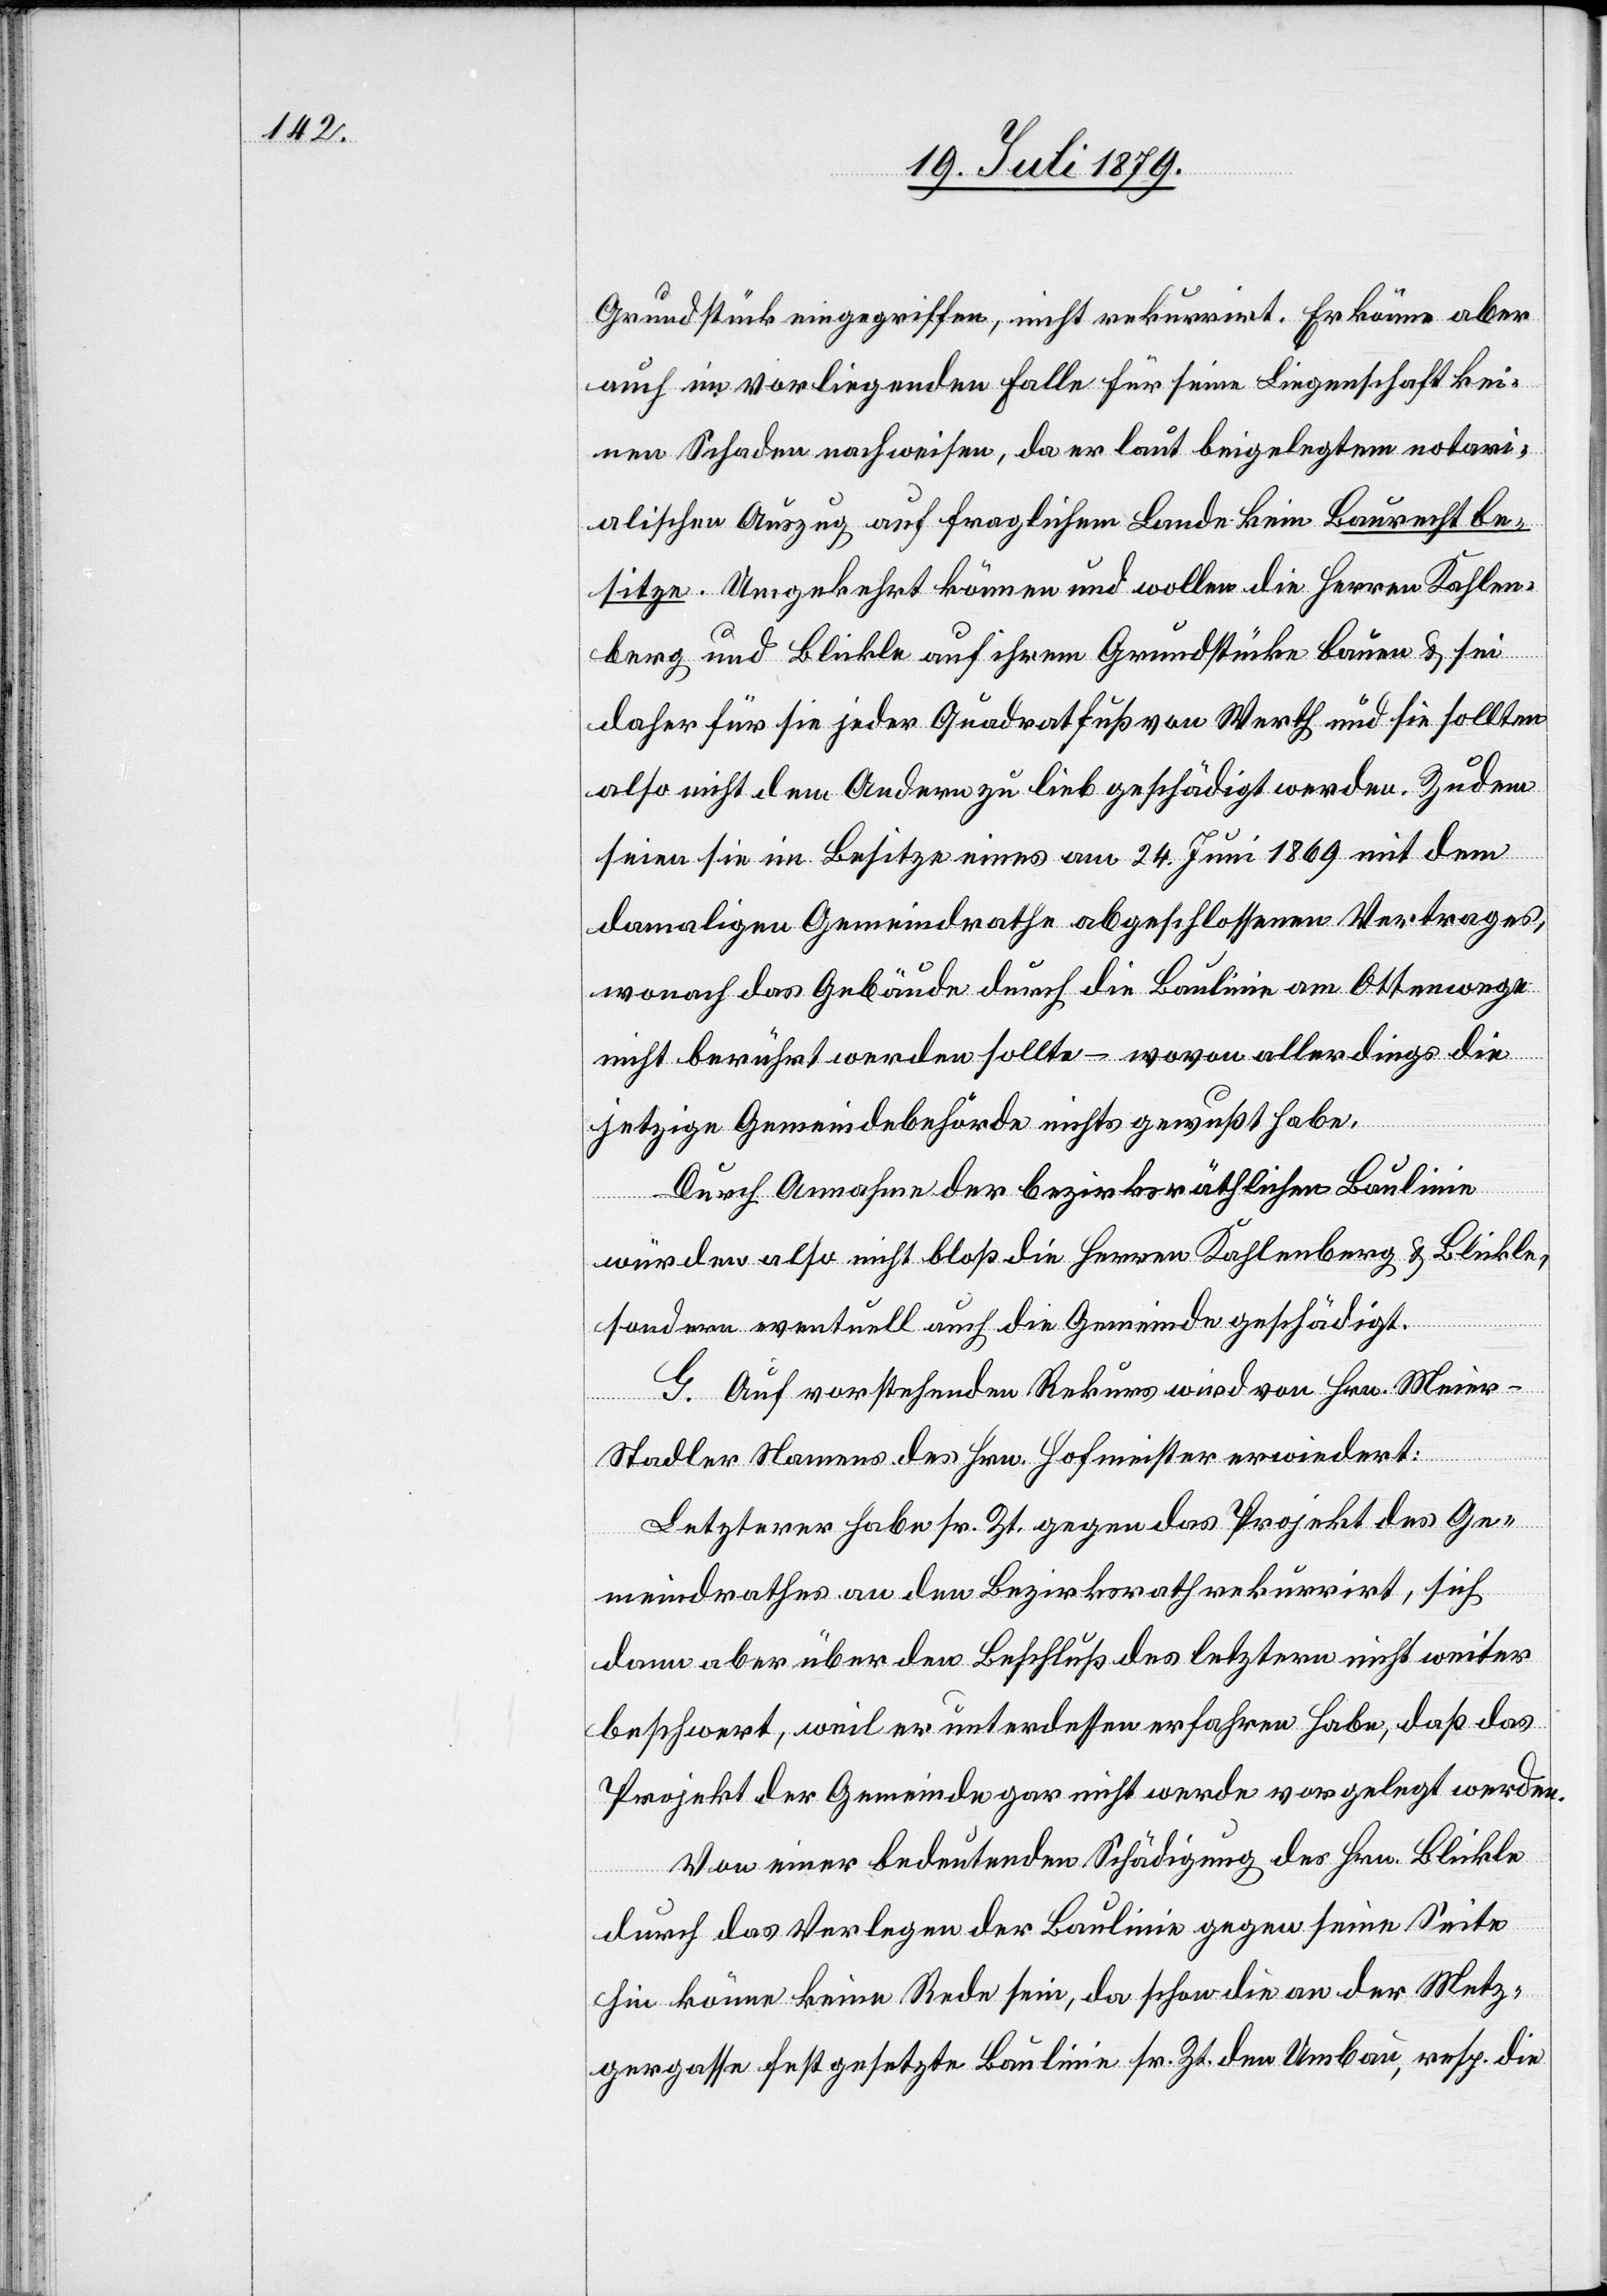
Grundstück eingegriffen, nicht rekurrirt. Er könne aber
auch im vorliegenden Falle für seine Liegenschaft kei¬
nen Schaden nachweisen, da er laut beigelegtem notari¬
alischen Auszug auf fraglichem Lande kein Baurecht be¬
sitze. Umgekehrt können und wollen die Herren Kahlen¬
berg und Blickle auf ihrem Grundstücke bauen & sei
daher für sie jeder Quadratfuß von Werth und sie sollten
also nicht dem Andern zu lieb geschädigt werden. Zudem
seien sie im Besitze eines am 24. Juni 1869 mit dem
damaligen Gemeindrathe abgeschlossenen Vertrages,
wonach das Gebäude durch die Baulinie am Ottenwege
nicht berührt werden sollte – wovon allerdings die
jetzige Gemeindebehörde nichts gewußt habe.
Durch Annahme der bezirksräthlichen Baulinie
würden also nicht bloß die Herren Kahlenberg & Blickle,
sondern eventuell auch die Gemeinde geschädigt.
G. Auf vorstehenden Rekurs wird von Hrn. Meier-S¬
tadler Namens des Hrn. Hofmeister erwiedert:
Letzterer habe sr. Zt. gegen das Projekt des Ge¬
meindrathes an den Bezirksrath rekurrirt, sich
dann aber über den Beschluß des letztern nicht weiter
beschwert, weil er unterdessen erfahren habe, daß das
Projekt der Gemeinde gar nicht werde vorgelegt werden.
Von einer bedeutenden Schädigung des Hrn. Blickle
durch das Verlegen der Baulinie gegen seine Seite
hin könne keine Rede sein, da schon die an der Metz¬
gergasse festgesetzte Baulinie sr. Zt. den Umbau, resp. die